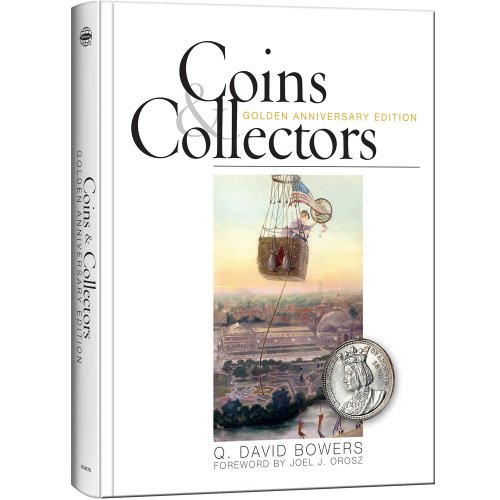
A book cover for Coins & Collectors: Golden Anniversary Edition; Q. David Bowers; Crafts, Hobbies & Home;